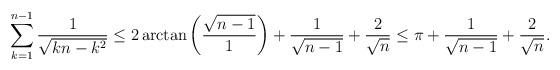
LaTeX: \begin{align*}\sum_{k=1}^{n-1} \frac{1}{\sqrt{kn-k^2}} \leq 2 \arctan\left( \frac{\sqrt{n-1}}{1}\right)+\frac{1}{\sqrt{n-1}} + \frac{2}{\sqrt{n}} \leq \pi + \frac{1}{\sqrt{n-1}} + \frac{2}{\sqrt{n}}.\end{align*}